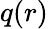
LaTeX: q(r)